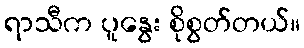
ရာသီက ပူနွေး စိုစွတ်တယ်။